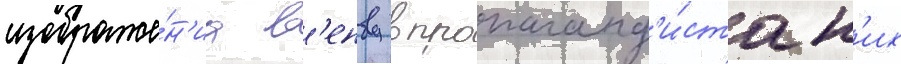
изображе́н'иа в'енву в пропаганд'и́стск'их